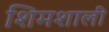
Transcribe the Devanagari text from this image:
शिमशाली